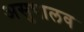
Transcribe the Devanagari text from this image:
असुपालव